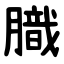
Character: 膱